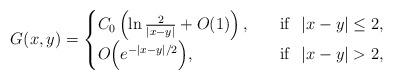
LaTeX: \begin{align*}G(x,y) =\begin{cases}C_0\left( \ln \frac{2}{|x-y|}+O(1) \right),\quad&\mathrm{if} \ \ |x-y|\le 2,\\O\Big(e^{-|x-y|/2}\Big), &\mathrm{if} \ \ |x-y|>2,\\\end{cases}\end{align*}